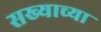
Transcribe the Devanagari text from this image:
सख्याच्या